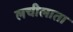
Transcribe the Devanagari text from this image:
लचीलाता